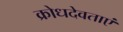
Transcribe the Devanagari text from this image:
क्रोधदेवताएं